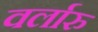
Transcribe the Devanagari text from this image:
वर्लारु